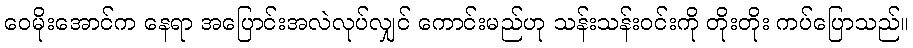
ဝေမိုးအောင်က နေရာ အပြောင်းအလဲလုပ်လျှင် ကောင်းမည်ဟု သန်းသန်းဝင်းကို တိုးတိုး ကပ်ပြောသည်။